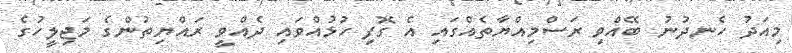
މިއަދު ހެނދުނު ބޭއްވި ރަސްމިއްޔާތެއްގައި އެ ގޮފި ހުޅުއްވައި ދެއްވީ ރައްޔިތުންގެ މަޖިލީހުގެ